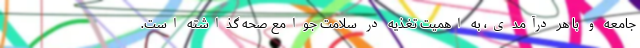
جامعه و با هر درآمدی، به اهمیت تغذیه در سلامت جوامع صحه گذاشته است.